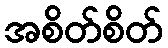
အစိတ်စိတ်